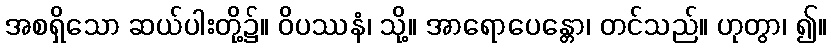
အစရှိသော ဆယ်ပါးတို့၌။ ဝိပဿနံ၊ သို့။ အာရောပေန္တော၊ တင်သည်။ ဟုတွာ၊ ၍။